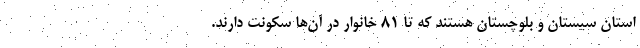
استان سیستان و بلوچستان هستند که تا ۸۱ خانوار در آن‌ها سکونت دارند.